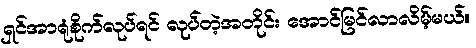
ရှင်အာရုံစိုက်လုပ်ရင် လုပ်တဲ့အတိုင်း အောင်မြင်လာလိမ့်မယ်။